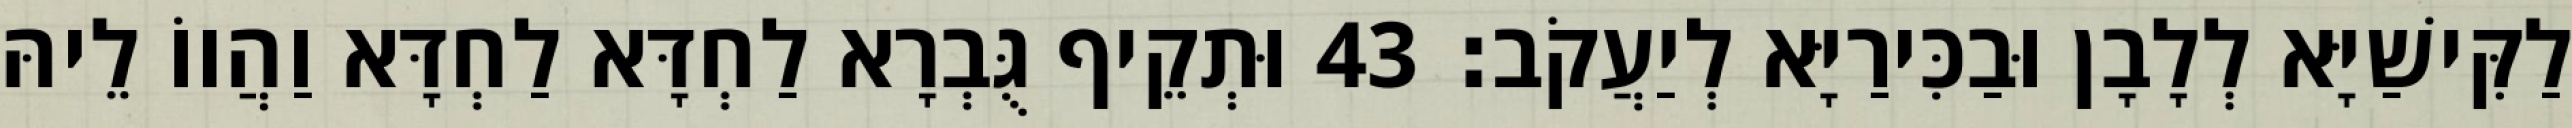
לַקִּישַׁיָּא לְלָבָן וּבַכִּירַיָּא לְיַעֲקֹב׃ 43 וּתְקֵיף גֻּבְרָא לַחְדָּא לַחְדָּא וַהֲווֹ לֵיהּ